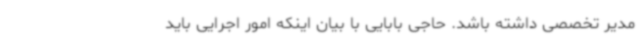
مدیر تخصصی داشته باشد. حاجی بابایی با بیان اینکه امور اجرایی باید